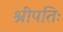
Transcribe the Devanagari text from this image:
श्रीपतिः